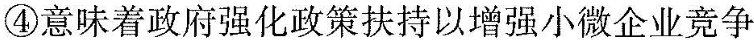
④意味着政府强化政策扶持以增强小微企业竞争